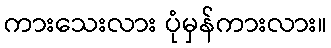
ကားသေးလား ပုံမှန်ကားလား။